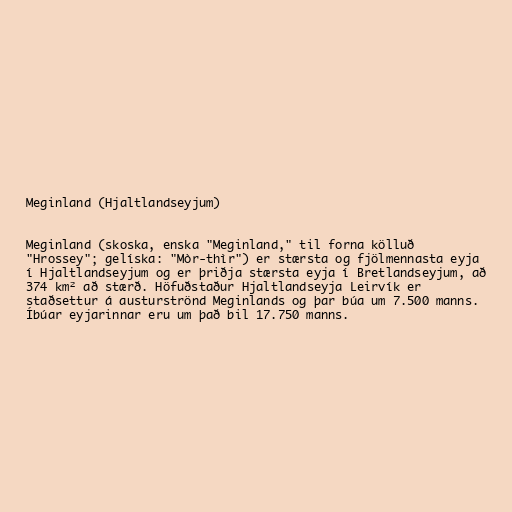
Meginland (Hjaltlandseyjum)

Meginland (skoska, enska "Meginland," til forna kölluð
"Hrossey"; gelíska: "Mòr-thìr") er stærsta og fjölmennasta eyja
í Hjaltlandseyjum og er þriðja stærsta eyja í Bretlandseyjum, að
374 km² að stærð. Höfuðstaður Hjaltlandseyja Leirvík er
staðsettur á austurströnd Meginlands og þar búa um 7.500 manns.
Íbúar eyjarinnar eru um það bil 17.750 manns.